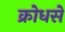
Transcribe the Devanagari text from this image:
क्रोधसे